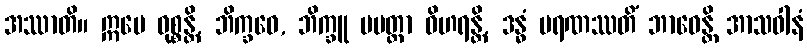
အဿာတိ။ ဣမေ ဝုစ္စန္တိ, ဘိက္ခဝေ, ဘိက္ခူ ပမတ္တာ ဝိဟရန္တိ, ဒန္ဓံ မရဏဿတိံ ဘာဝေန္တိ အာသဝါနံ